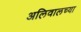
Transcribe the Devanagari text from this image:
अलिवालच्या